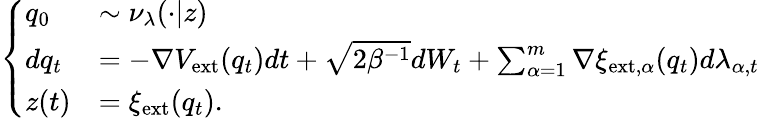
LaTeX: \left\{ \begin{array}{ll}{q_{0}}&{\sim\nu_{\lambda}(\cdot|z)}\\ {dq_{t}}&{=-\nabla V_{\mathrm{ext}}(q_{t})dt+\sqrt{2\beta^{-1}}dW_{t}+\sum_{\alpha=1}^{m}\nabla\xi_{\mathrm{ext},\alpha}(q_{t})d\lambda_{\alpha,t}}\\ {z(t)}&{=\xi_{\mathrm{ext}}(q_{t}).}\end{array}\right.